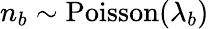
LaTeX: n_{b}\sim\mathrm{Poisson}(\lambda_{b})